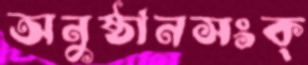
অনুষ্ঠানসংক্